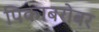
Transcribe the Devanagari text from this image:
पिकाबरोबर